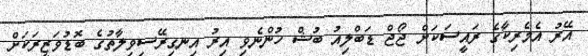
އޭރު އެމެރިކާގެ ރައީސަކަށް ޖޯޖް ޑަބްލިއު ބުޝް ހުންނެވި އިރު އިނގިރޭސިވިލާތުގެ ބޮޑުވަޒީރަކަށް